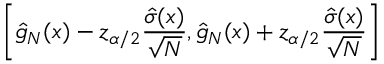
\left[ { \hat { g } } _ { N } ( x ) - z _ { \alpha / 2 } { \frac { { \hat { \sigma } } ( x ) } { \sqrt { N } } } , { \hat { g } } _ { N } ( x ) + z _ { \alpha / 2 } { \frac { { \hat { \sigma } } ( x ) } { \sqrt { N } } } \right]